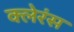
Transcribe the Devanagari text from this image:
क्लेरंस